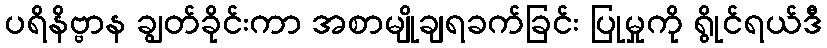
ပရိနိဗ္ဗာန ချွတ်ခိုင်းကာ အစာမျိုချရခက်ခြင်း ပြုမှုကို ရွိုင်ရယ်ဒီ